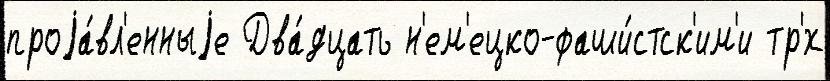
проjа́вл'енныjе Два́дцать н'ем'ецко-фаши́стск'им'и тр'́х